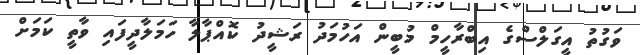
ވަގުތު އީގަލްސްގެ އިބްރާހީމް މުބީން އަހުމަދު ރަޝީދު ކޮއްޕާލާ ހަމަލާދީފައި ވާތީ ކަމަށް